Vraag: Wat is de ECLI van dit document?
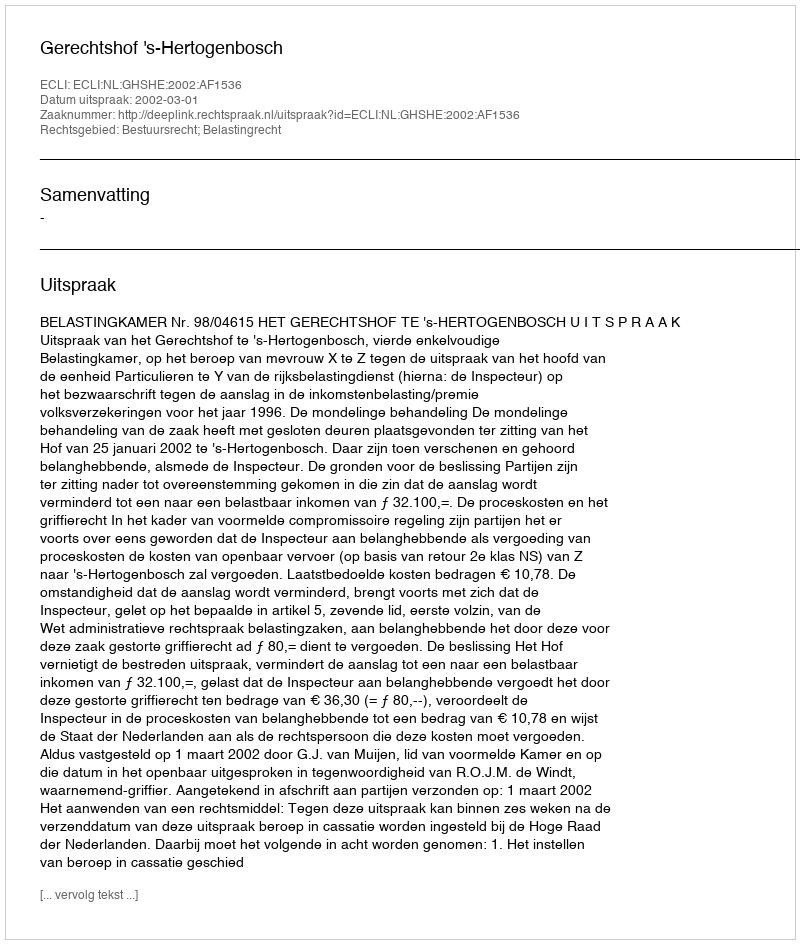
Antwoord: ECLI:NL:GHSHE:2002:AF1536